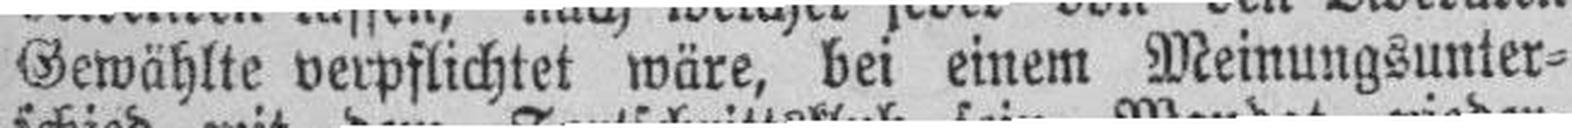
Gewählte verpflichtet wäre, bei einem Meinungsunier¬